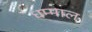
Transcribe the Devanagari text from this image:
धम्माल